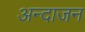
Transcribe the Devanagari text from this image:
अन्दाजन